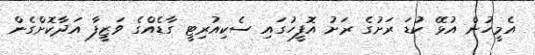
އެމީހުން އުޅޭ ކުޑަ ރަށުގެ ރަށު އޮފީހުގައި ސެކިއުރިޓީ ގާޑެއްގެ ވަޒީފާ އަދާކޮށްގެން